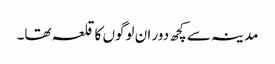
مدینہ سے کچھ دور ان لوگوں کا قلعہ تھا۔